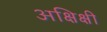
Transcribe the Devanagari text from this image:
अक्षिक्षी